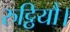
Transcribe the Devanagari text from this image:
रुट्ठियौ।